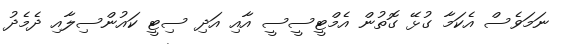
ނަމަވެސް އެކަމާ ގުޅޭ ގޮތުން އެމްޓީސީސީ އާއި އަދި ސިޓީ ކައުންސިލާއި ދެމެދު